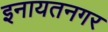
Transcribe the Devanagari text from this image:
इनायतनगर